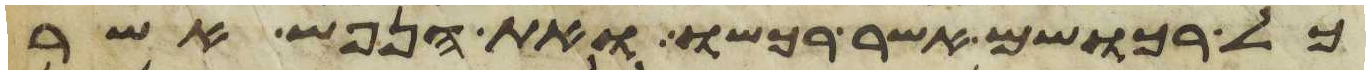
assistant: כל רכושם אשר רכשו ואת הנפש אשר